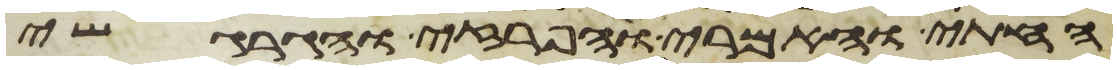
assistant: החתי והאמרי והפרזי והגרגשי